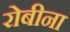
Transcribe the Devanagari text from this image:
रोबीना